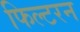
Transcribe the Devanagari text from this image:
फिल्टरन